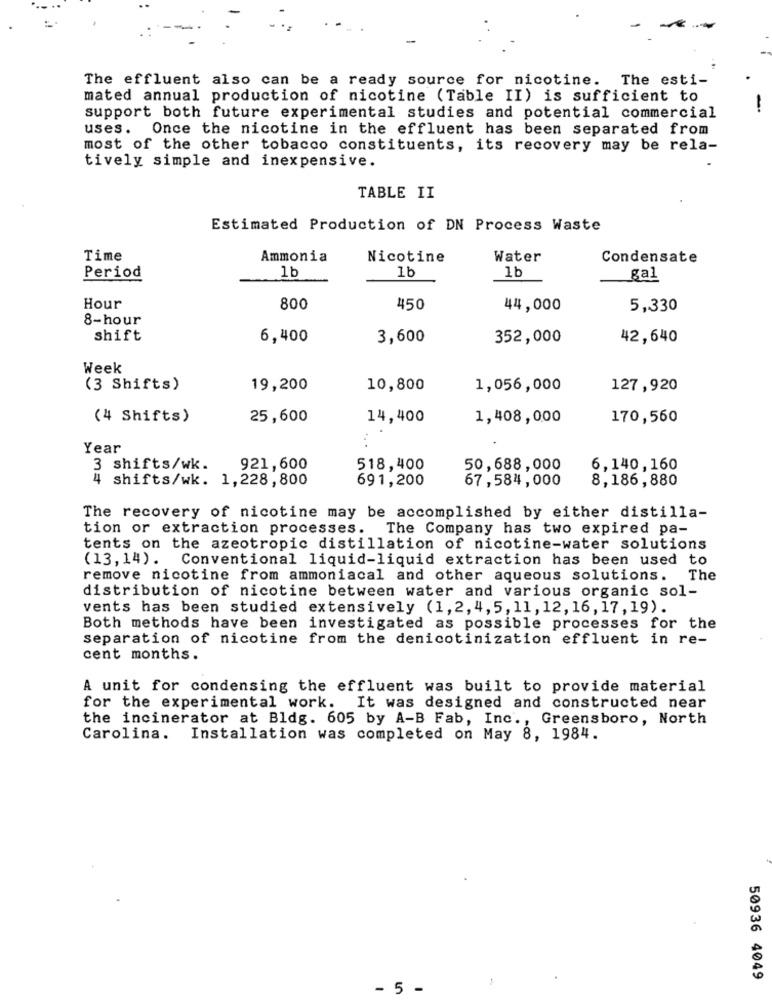
The effluent also can be a ready source for nicotine. The esti-
mated annual production of nicotine (Table II) is sufficient to
support both future experimental studies and potential commercial
uses. Once the nicotine in the effluent has been separated from
most of the other tobacco constituents, its recovery may be rela-
tively simple and inexpensive.
TABLE II
Estimated Production of DN Process Waste
Time
Ammonia
Nicotine
Water
Condensate
1b
1b
Period
1b
gal
Hour
800
450
44,000
5,330
8-hour
shift
6,400
3,600
352,000
42,640
Week
(3 Shifts)
19,200
10,800
1,056,000
127,920
(4 Shifts)
25,600
14,400
1,408,000
170,560
Year
3 shifts/wk.
921,600
518,400
50,688,000
6,140,160
4 shifts/wk. 1,228, 800
691,200
67,584,000
8,186,880
The recovery of nicotine may be accomplished by either distilla-
tion or extraction processes. The Company has two expired pa-
tents on the azeotropic distillation of nicotine-water solutions
(13,14). Conventional liquid-liquid extraction has been used to
remove nicotine from ammoniacal and other aqueous solutions.
The
distribution of nicotine between water and various organic sol-
vents has been studied extensively (1,2, 4, 5, 11, 12, 16, 17, 19).
Both methods have been investigated as possible processes for the
separation of nicotine from the denicotinization effluent in re-
cent months.
A unit for condensing the effluent was built to provide material
for the experimental work. It was designed and constructed near
the incinerator at Bldg. 605 by A-B Fab, Inc ., Greensboro, North
Carolina. Installation was completed on May 8, 1984.
50936 4049
- 5